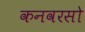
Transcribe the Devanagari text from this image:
कनवरसो